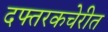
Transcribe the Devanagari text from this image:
दफ्तरकचेरीत